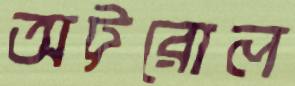
অট্টরোল